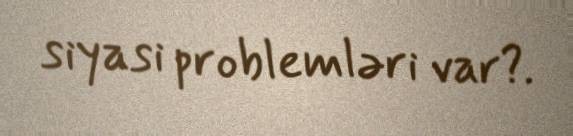
siyasi problemləri var?.